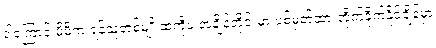
ဒါ့ကြောင့် မိမိက ရန်သူတစ်မျိုးထဲကိုပဲ အချိန်တိုင်းမှာ ပစ်မှတ်ထားတိုက်ခိုက်နိုင်ချိန်မှာ